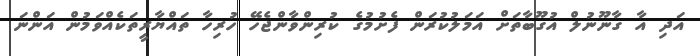
އަދި އާ ގާނޫނުލް އުގޫބާތަށް އަމަލުކުރަން ފެށުމުގެ ކުރިންވާންޖެހޭ ހުރިހާ ތައްޔާރީތަކެއްވަމުން އަންނަ